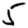
Digit: 5